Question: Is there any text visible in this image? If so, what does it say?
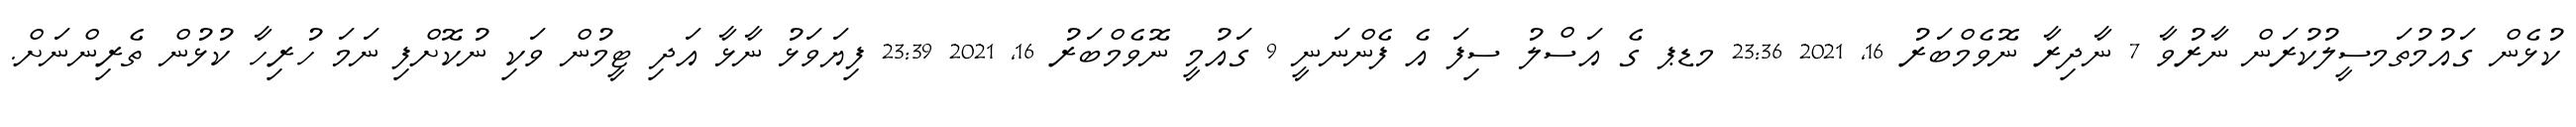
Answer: ކުޅެން ގައުމުތަމސީލުކުރަން ނާރުވާ 7 ނާދިރާ ނޮވެމްބަރު 16, 2021 23:36 މޑޕ ގެ އަސްލު ސިފަ އެ ފެންނަނީ 9 ގައުމީ ނޮވެމްބަރު 16, 2021 23:39 ފިޔަވަޅު ނާޅާ އަދި ޓީމުން ވަކި ނުކޮށްފި ނަމަ ހުރިހާ ކުޅުން ތެރިންނަށް.